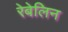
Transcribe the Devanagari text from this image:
रेबेलिन